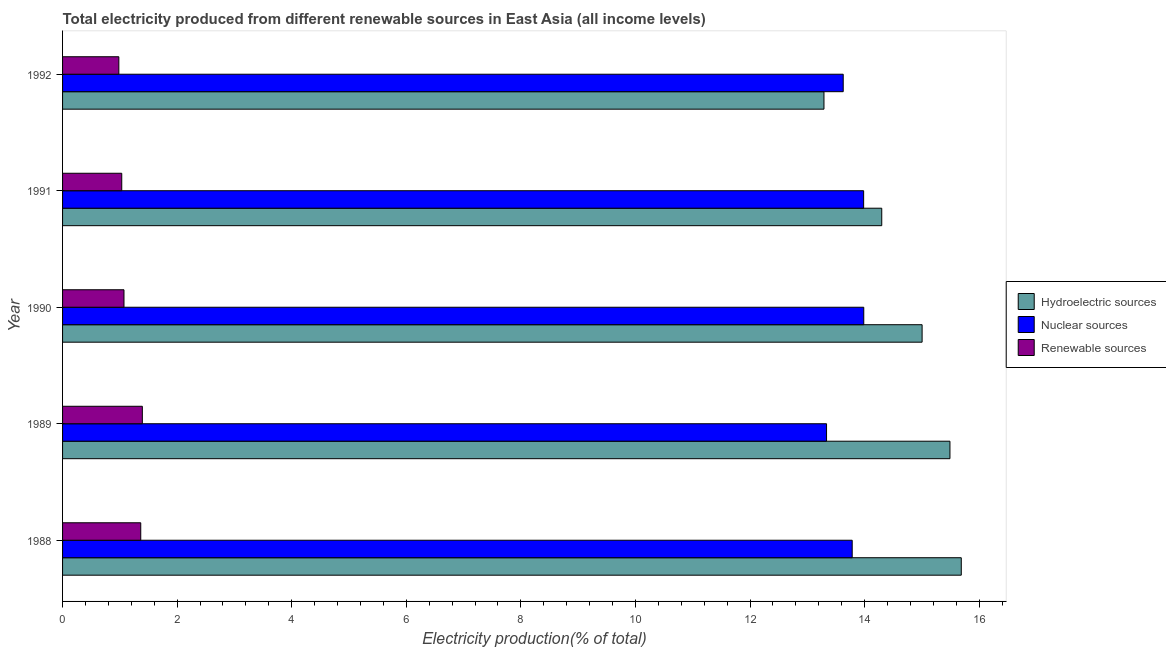
| Year | Hydroelectric sources | Nuclear sources | Renewable sources |
 | --- | --- | --- | --- |
 | 1988 | 15.7 | 13.8 | 1.36 |
 | 1989 | 15.5 | 13.3 | 1.39 |
 | 1990 | 15 | 14 | 1.07 |
 | 1991 | 14.3 | 14 | 1.03 |
 | 1992 | 13.3 | 13.6 | 0.982 |